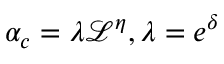
\alpha _ { c } = \lambda \mathcal { L } ^ { \eta } , \lambda = e ^ { \delta }